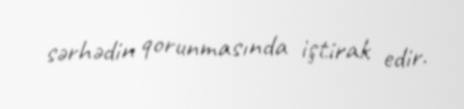
sərhədin qorunmasında iştirak edir.